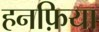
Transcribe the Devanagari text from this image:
हनफ़िया